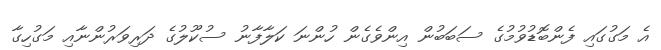
އެ މަގުގައި ފެންބޮޑުވުމުގެ ސަބަބުން އިންވެގެން ހުންނަ ކަލާފާނު ސުކޫލުގެ ދަރިވަރުންނާއި މަގުހިގާ